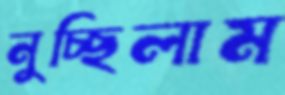
নুচ্ছিলাম